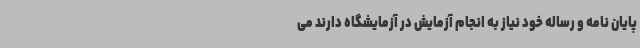
پایان نامه و رساله خود نیاز به انجام آزمایش در آزمایشگاه دارند می